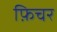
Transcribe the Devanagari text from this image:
फ़िचर